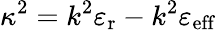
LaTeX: \kappa^{2}=k^{2}\varepsilon_{\mathrm{r}}-k^{2}\varepsilon_{\mathrm{eff}}